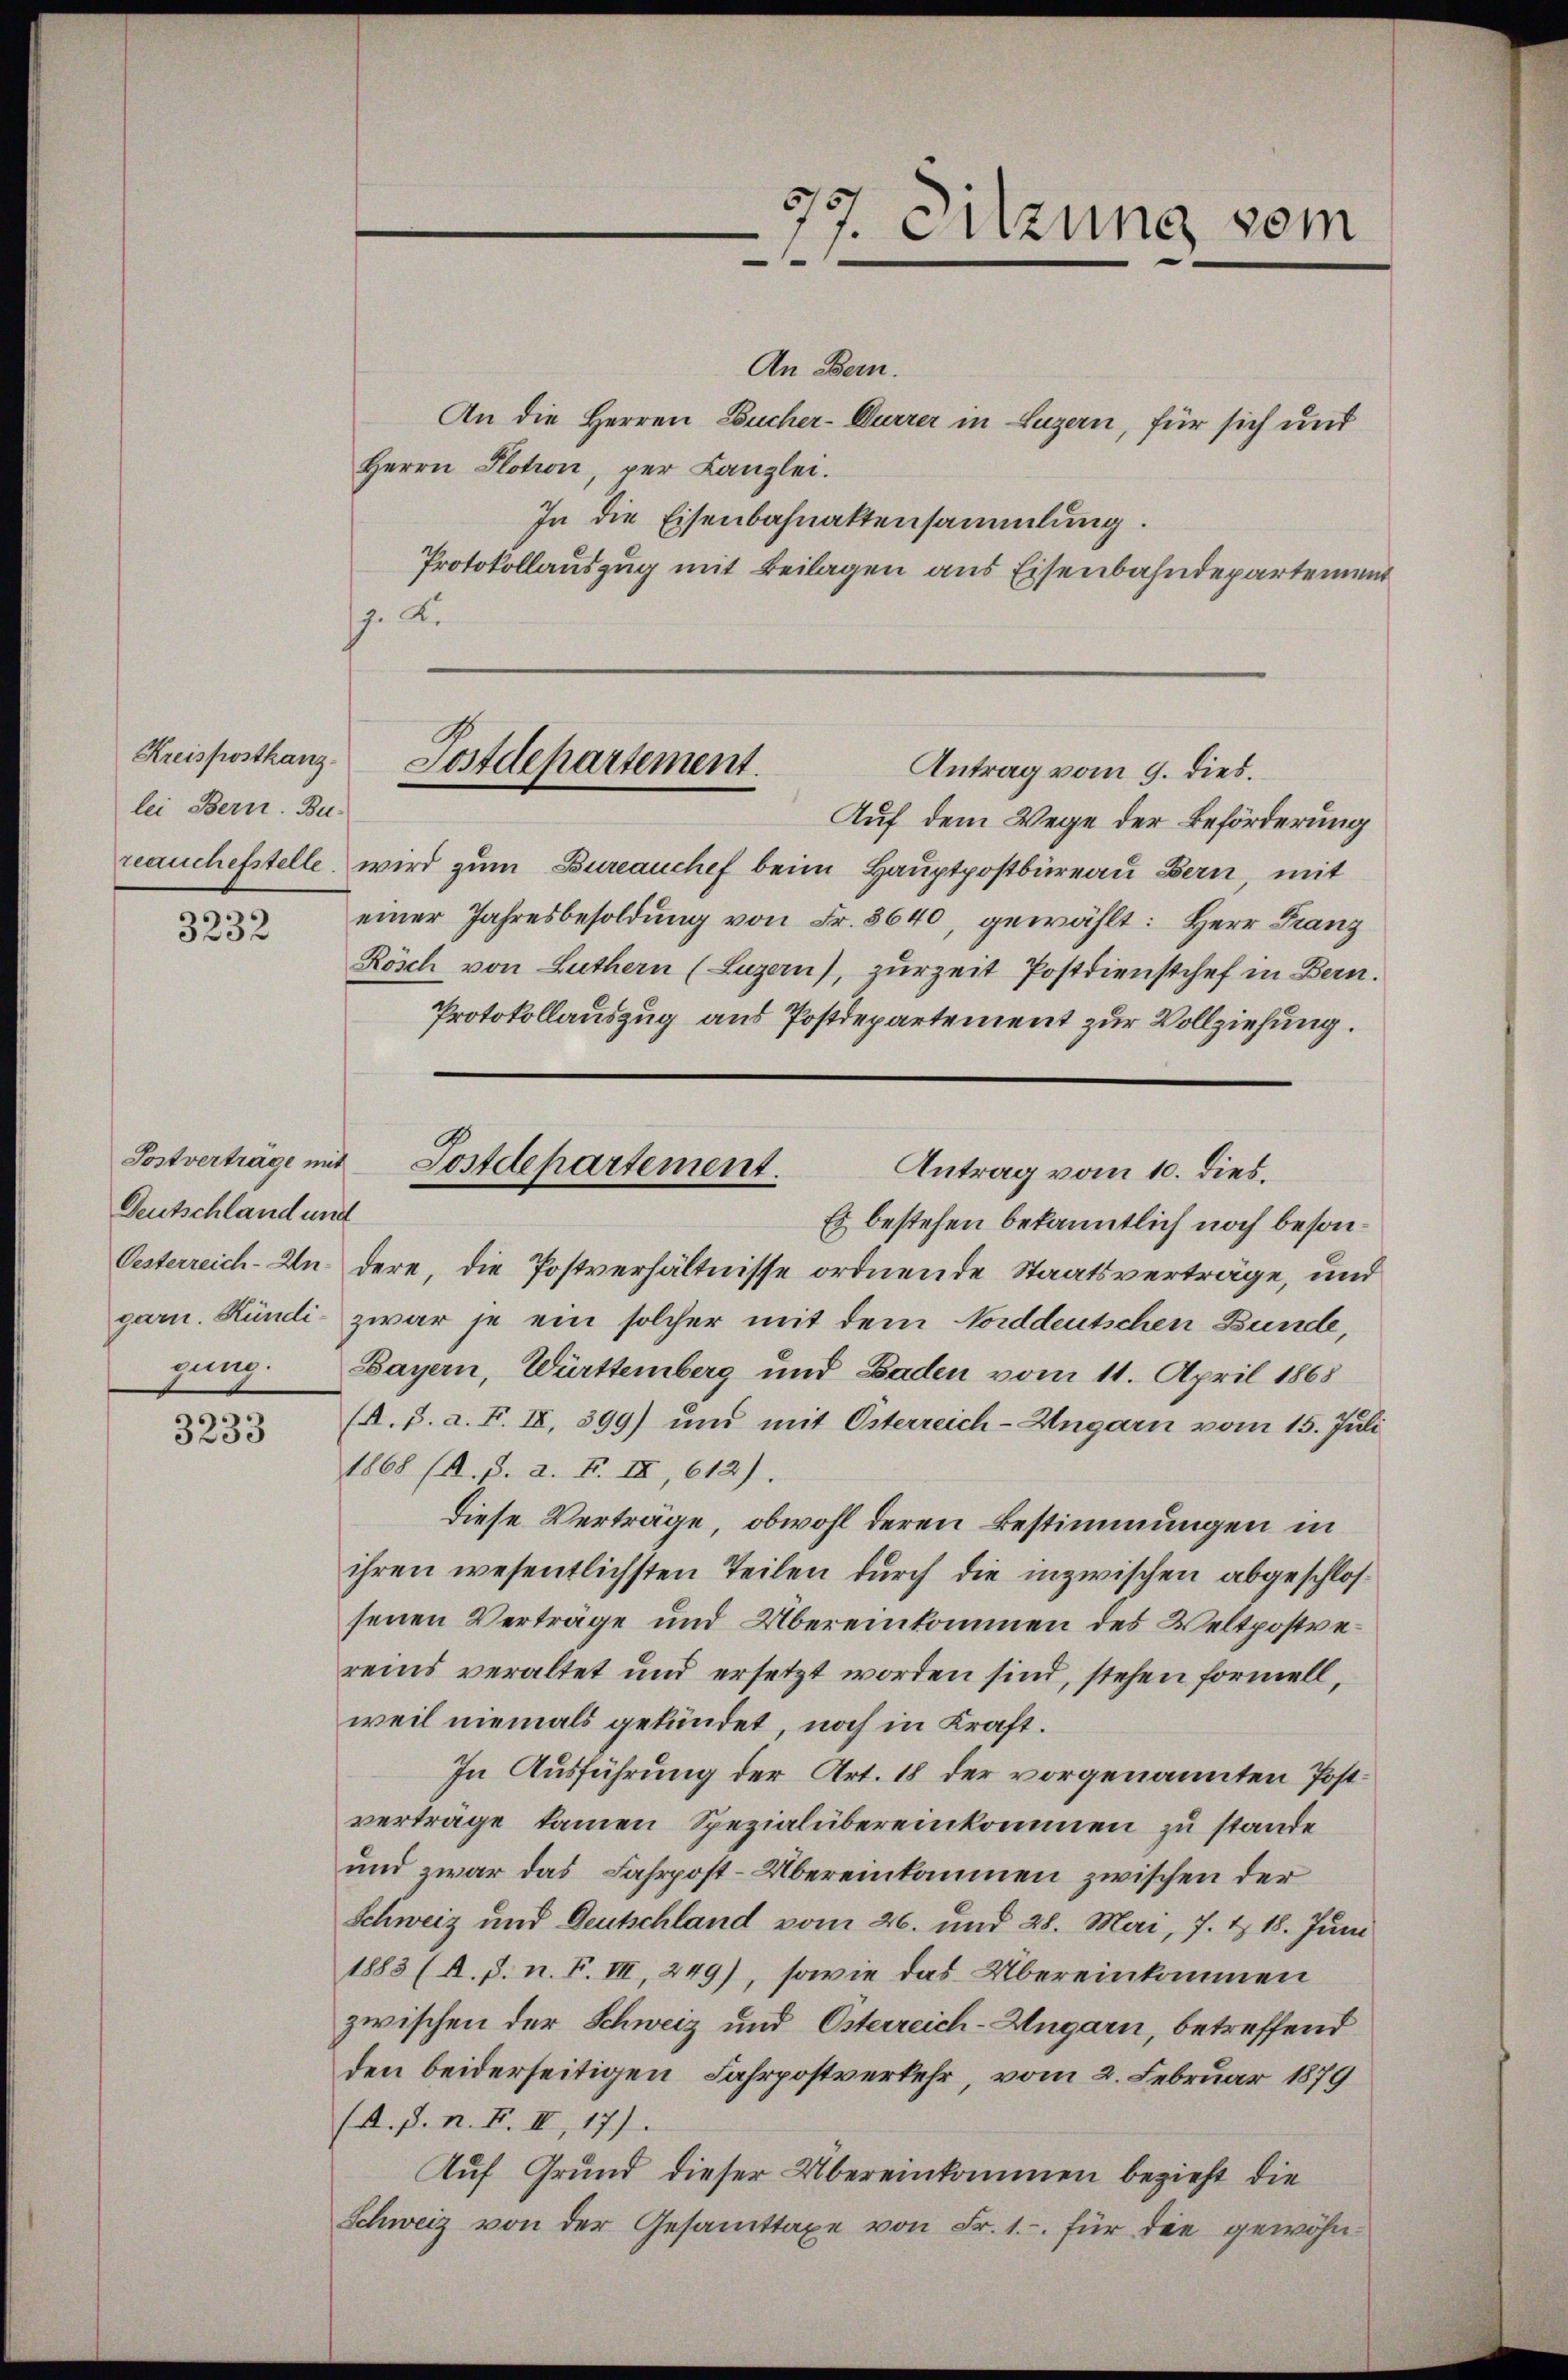
lei Bern. Bu-

3232

Deutschland und

3233

An Bern.
An die Herren Bucher-Durrer in Luzern, für sich und
Herrn Plotion, per Kanzlei.
In die Eisenbahnaktensammlung.
Protokollauszug mit Beilagen aus Eisenbahndepartement
J. K.

Auf dem Wege der Beförderung
reanchefstelle, wird zum Bureauchef beim Hauptpostbüreau Bern, mit
einer Jahresbesoldung von Fr. 3640, gewählt: Herr Franz
Rösch von Luthern (Luzern), zurzeit Postdienstchef in Bern.
Protokollauszug aus Postdepartement zur Vollziehung.
Es bestehen bekanntlich noch beson¬
Oesterreich-Un- dere, die Postverhältnisse ordnende Staatsverträge, und
garn. Kündi- zwar je ein solcher mit dem Norddeutschen Bunde,
gung. Bayern, Württemberg und Baden vom 11. April 1865
(A. B. a. F. IV, 399) und mit Österreich-Ungarn vom 15. Juli
1868 (A. P. a. F. IX, 612).
diese Verträge, obwohl deren Bestimmungen in
ihren wesentlichsten Teilen durch die inzwischen abgeschlossenen Verträge und Übereinkommen des Weltpostrereins veraltet und ersetzt worden sind, stehen formell,
weil niemals gekündet, noch in Kraft.
In Ausführung der Art. 18 der vorgenannten Postverträge kamen Spezialübereinkommen zu stande
und zwar das Fahrpost-Übereinkommen zwischen der
Schweiz und Deutschland vom 26. und 28. Mai, 7. & 18. Juni
1883 (A. p. n. F. III, 249), sowie das Übereinkommen
zwischen der Schweiz und Österreich-Ungarn, betreffend
den beiderseitigen Fahrpostverkehr, vom 2. Februar 1879
(A. p. n. F. II, 17)
Auf Grund dieser Übereinkommen bezieht die
Schweiz von der Gesamttaxe von Fr. 1. für die gewöhn¬

7. Sitzung vom

Kreisposthans Postdepartement.
Antrag vom 9. dies.

Sostverträge mit Postdepartement.
Antrag vom 10. dies.